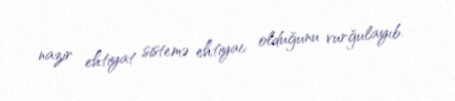
nazir ehtiyat sistemə ehtiyac olduğunu vurğulayıb.